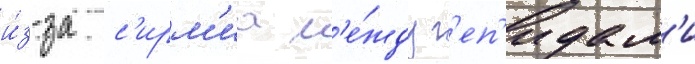
и́з-за с'ирм'иа м'е́жду г'еп'идам'и